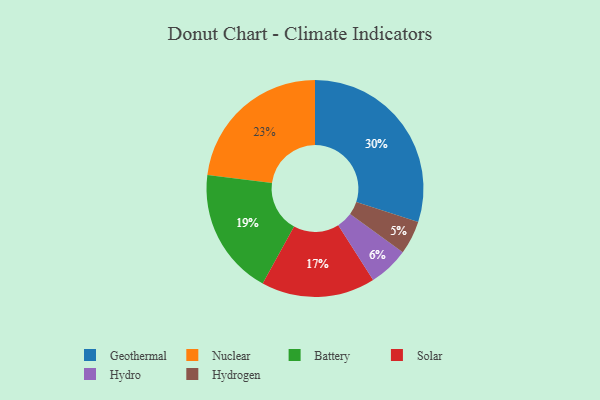
{"axis": {"x": "Category", "y": "Percentage"}, "legend": ["Battery", "Geothermal", "Hydro", "Hydrogen", "Nuclear", "Solar"], "data": [{"x": "Solar", "y": 17, "type": "Solar"}, {"x": "Battery", "y": 19, "type": "Battery"}, {"x": "Nuclear", "y": 23, "type": "Nuclear"}, {"x": "Geothermal", "y": 30, "type": "Geothermal"}, {"x": "Hydro", "y": 6, "type": "Hydro"}, {"x": "Hydrogen", "y": 5, "type": "Hydrogen"}]}